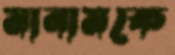
মানামকে